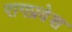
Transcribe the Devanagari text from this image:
रागप्रवेश